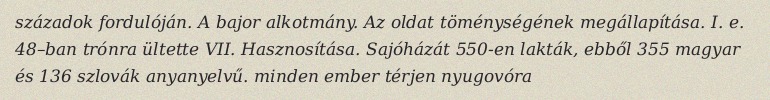
századok fordulóján. A bajor alkotmány. Az oldat töménységének megállapítása. I. e. 48–ban trónra ültette VII. Hasznosítása. Sajóházát 550-en lakták, ebből 355 magyar és 136 szlovák anyanyelvű. minden ember térjen nyugovóra